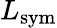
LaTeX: L_{\mathrm{sym}}